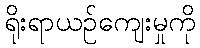
ရိုးရာယဉ်ကျေးမှုကို